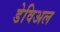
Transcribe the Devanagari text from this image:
डेविअल